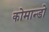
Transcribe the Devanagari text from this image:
कोमान्डो